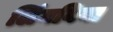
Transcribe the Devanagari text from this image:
लिंगबिया